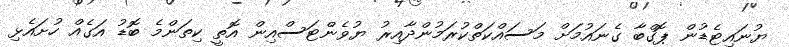
ޔުނައިޓެޑުން ޕޮގްބާ ގެނައުމަށް މަސައްކަތްކުރަމުންދާއިރު ޔުވެންޓަސްއިން އޮތީ ކިތަންމެ ބޮޑު އަގެއް ހުށައެޅި